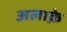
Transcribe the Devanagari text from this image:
अलाक़े